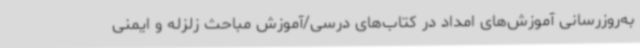
به‌روزرسانی آموزش‌های امداد در کتاب‌های درسی/آموزش مباحث زلزله و ایمنی